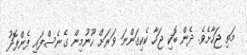
މަތި ޖަހާށެވެ. ދެން ބޮކި ޖަހާ ކެކިގަންނަ ވަރަށް ހޫނުމިން ގެނެސްފައި ފެންފޮދު